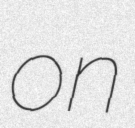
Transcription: on